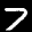
Label: 7